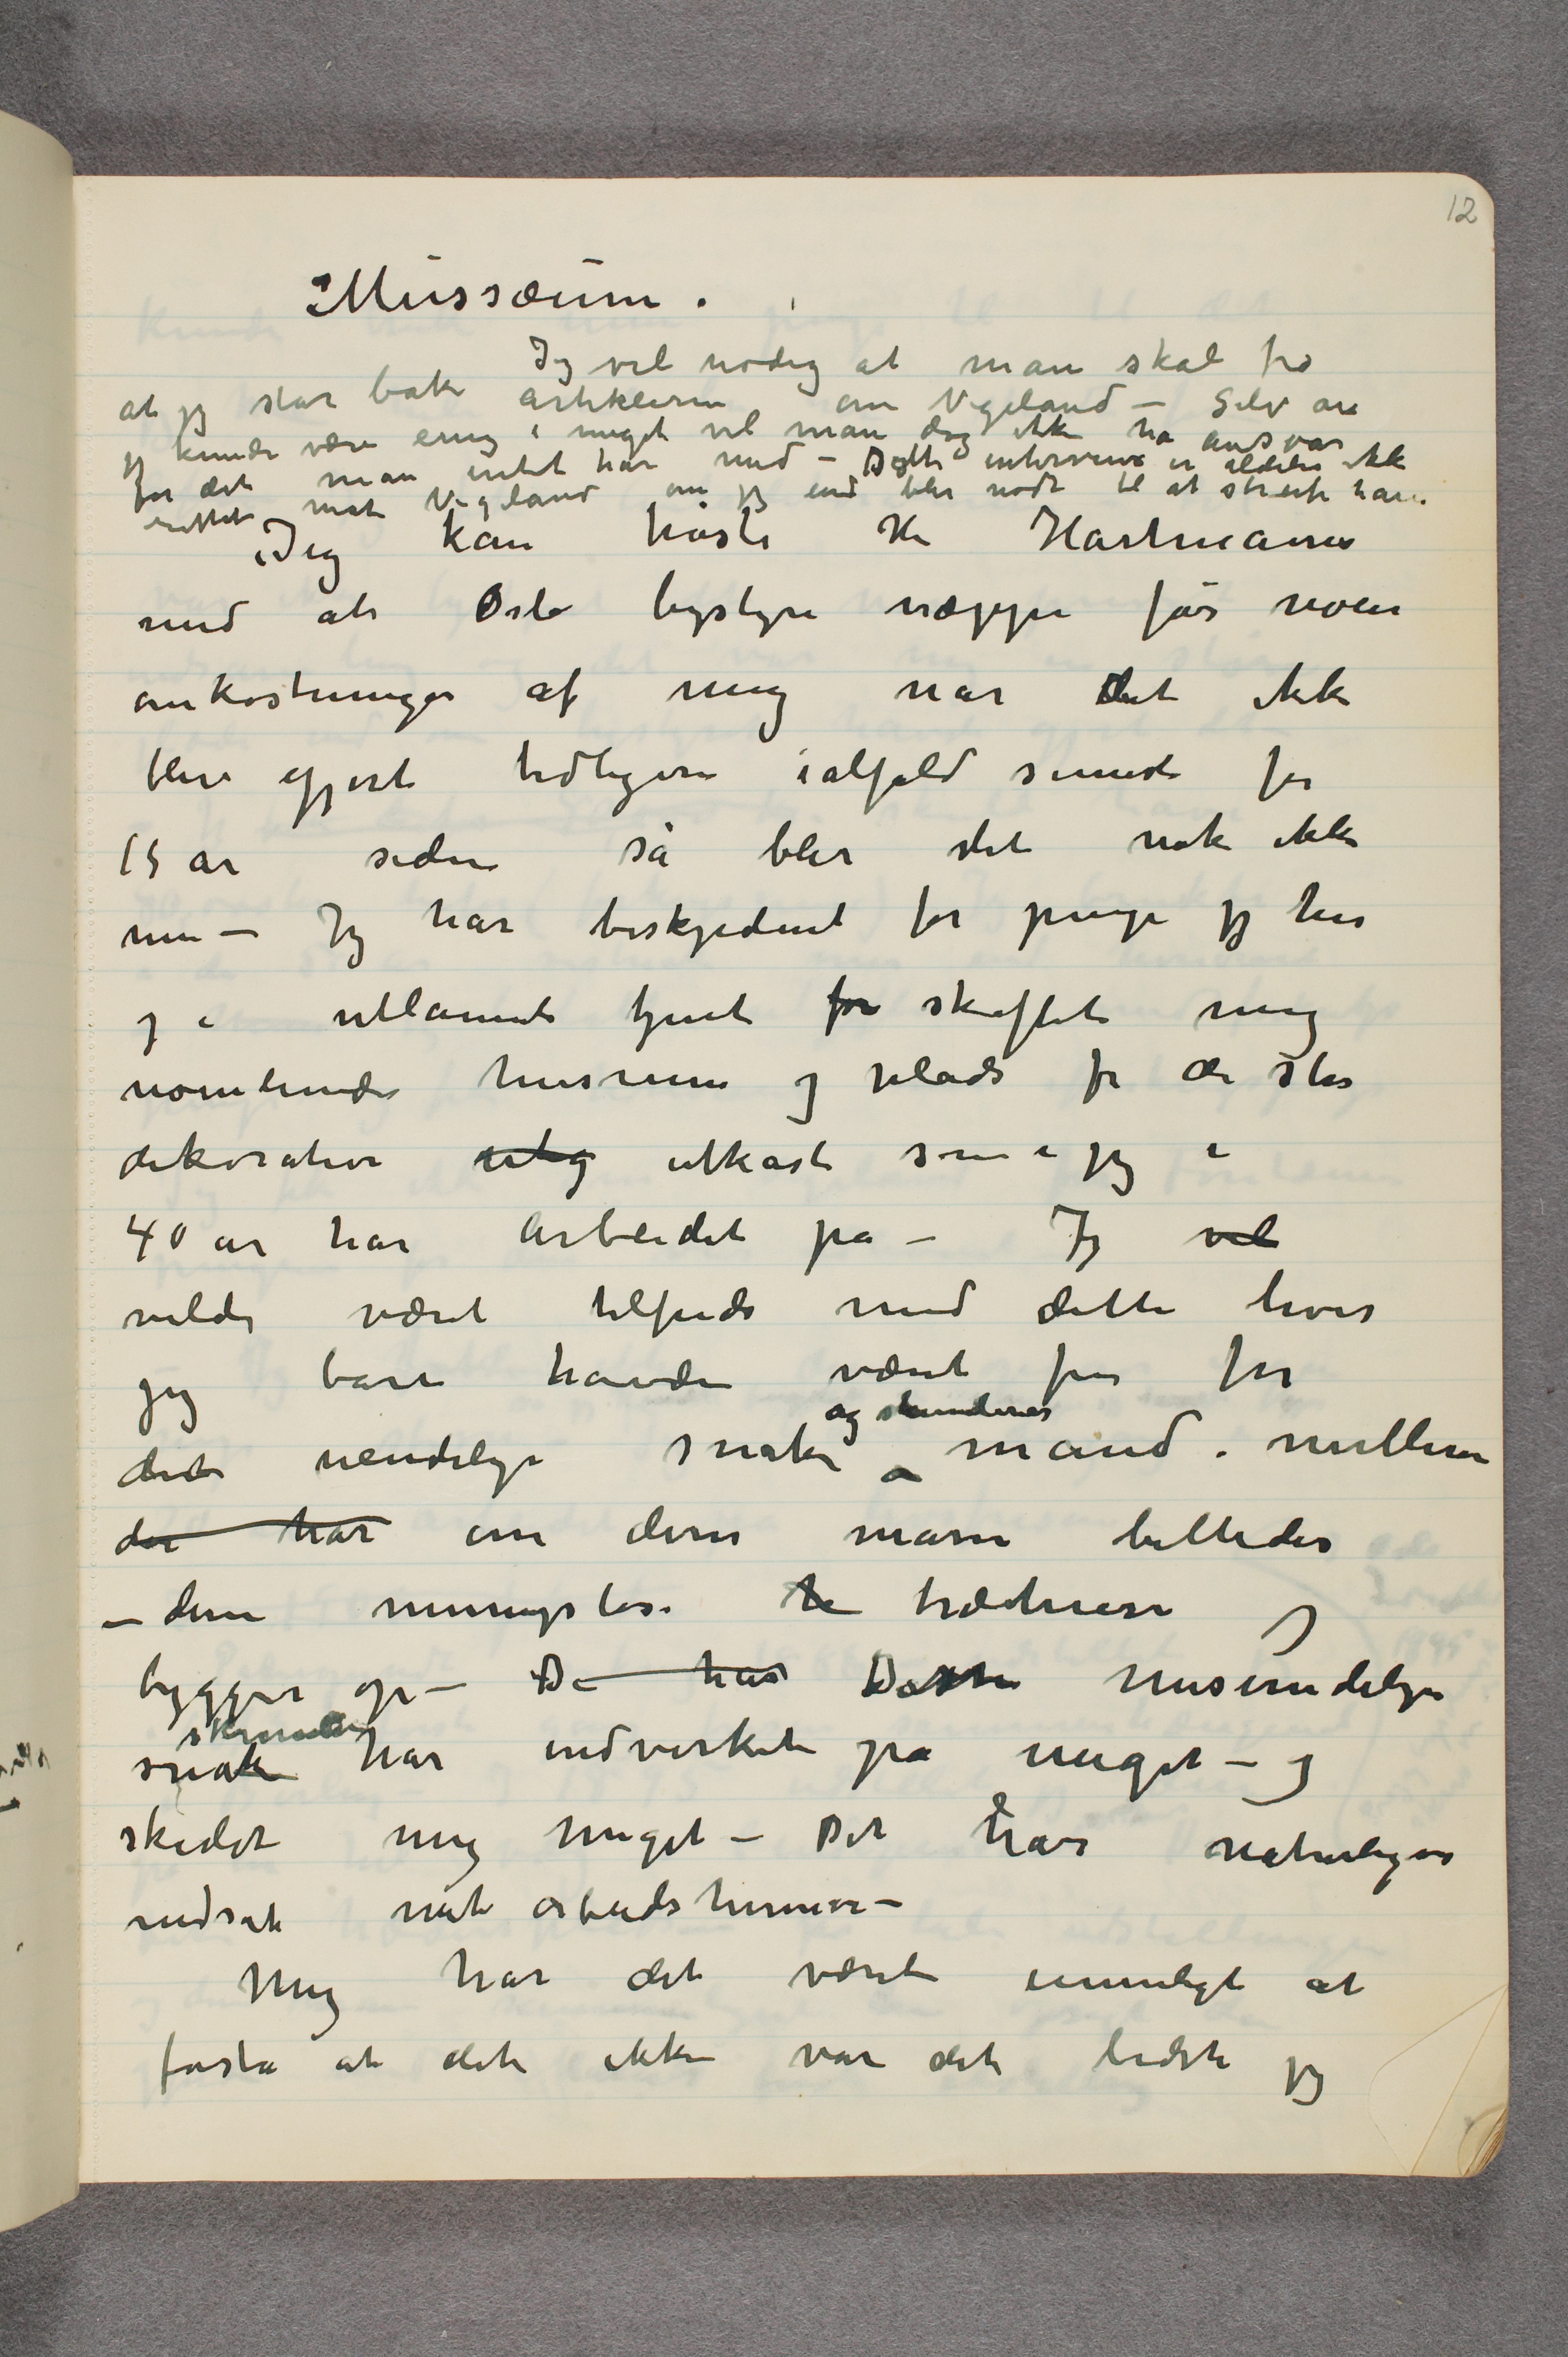
Mussæum.
Jeg vil nødig at man skal tro
at jeg står bak artiklerne om Vigeland – Selv om
jeg kunde være enig i meget vil man dog ikke ha ansvar
for det man intet har med – Dette interview er aldeles ikke
rettet mot Vigeland om jeg end blev nødt til at streife ham
Jeg kan trøste Hr Hartmann
med at Oslo bystyre næppe får noen
omkostninger af mig når det ikke
blev gjort tidligere ialfald senest for
15 år siden så blir det nok ikke
nu – Jeg har beskjedent for penge jeg her
og i udlannet tjent for skaffet mig
noenlunde husrum og plads for de store
dekorative utg utkast som jeg i
40 år har arbeidet på – Jeg vil
vilde været tilfreds med dette hvis
jeg bare havde været fri for
det uendelige snak og skumlerier mand i mellem
der har om disse mine billeder
– disse meningsløse h træhuse jeg
bygger op – De har Disse misundelige
snak skumlerier har indvirket på meget – og
skadet mig meget – Det har naturligvis
nedsat mit arbeidshumør –
Mig har det været umuligt at
forstå at det ikke var det bedste jeg